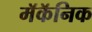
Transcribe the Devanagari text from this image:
मॅकॅनिक